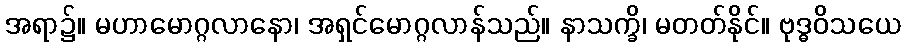
အရာ၌။ မဟာမောဂ္ဂလာနော၊ အရှင်မောဂ္ဂလာန်သည်။ နာသက္ခိ၊ မတတ်နိုင်။ ဗုဒ္ဓဝိသယေ